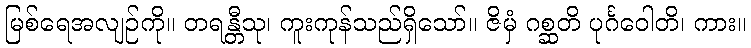
မြစ်ရေအလျဉ်ကို။ တရန္တီသု၊ ကူးကုန်သည်ရှိသော်။ ဇိမှံ ဂစ္ဆတိ ပုင်္ဂဝေါတိ၊ ကား။